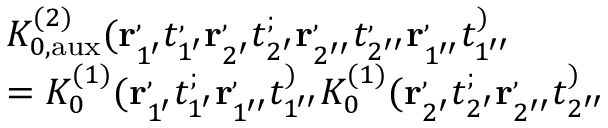
\begin{array} { r l } & { K _ { 0 , \mathrm { a u x } } ^ { ( 2 ) } ( \mathbf { r } _ { 1 ^ { \prime } } ^ , t _ { 1 ^ { \prime } } ^ , \mathbf { r } _ { 2 ^ { \prime } } ^ , t _ { 2 ^ { \prime } } ^ ; \mathbf { r } _ { 2 ^ { \prime \prime } } ^ , t _ { 2 ^ { \prime \prime } } ^ , \mathbf { r } _ { 1 ^ { \prime \prime } } ^ , t _ { 1 ^ { \prime \prime } } ^ ) } \\ & { = K _ { 0 } ^ { ( 1 ) } ( \mathbf { r } _ { 1 ^ { \prime } } ^ , t _ { 1 ^ { \prime } } ^ ; \mathbf { r } _ { 1 ^ { \prime \prime } } ^ , t _ { 1 ^ { \prime \prime } } ^ ) K _ { 0 } ^ { ( 1 ) } ( \mathbf { r } _ { 2 ^ { \prime } } ^ , t _ { 2 ^ { \prime } } ^ ; \mathbf { r } _ { 2 ^ { \prime \prime } } ^ , t _ { 2 ^ { \prime \prime } } ^ ) } \end{array}